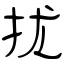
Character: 扰